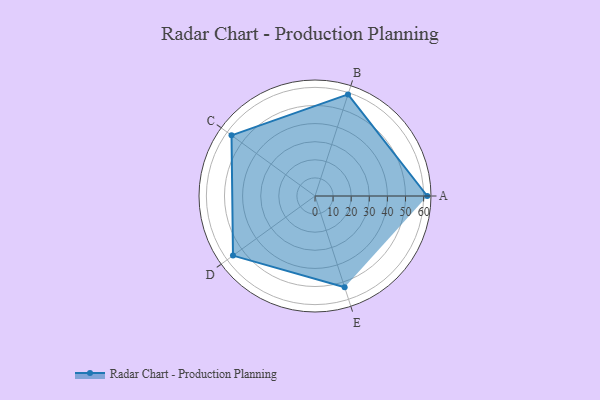
{"axis": {"x": "Skill", "y": "Score"}, "legend": ["Profile"], "data": [{"x": "A", "y": 62.0, "type": "Profile"}, {"x": "B", "y": 59.0, "type": "Profile"}, {"x": "C", "y": 57.0, "type": "Profile"}, {"x": "D", "y": 56.0, "type": "Profile"}, {"x": "E", "y": 53.0, "type": "Profile"}]}